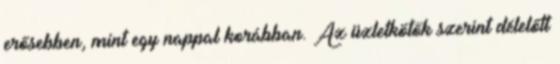
erősebben, mint egy nappal korábban. Az üzletkötők szerint délelőtt